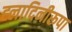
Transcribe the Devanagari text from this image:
ह्लादिनीरूपा